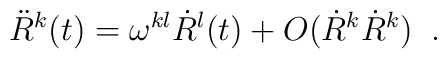
\ddot{R}^{k}(t)=\omega^{kl}\dot{R}^{l}(t)+O(\dot{R}^{k}\dot{R}^{k}) \;\;.